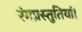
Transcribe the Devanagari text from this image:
रंगप्रस्तुतियां।